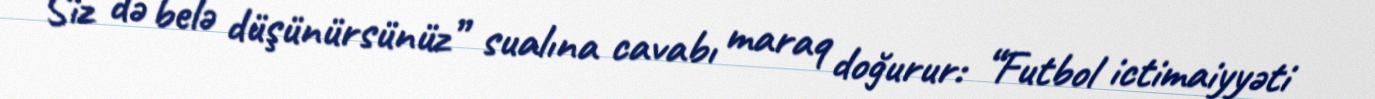
Siz də belə düşünürsünüz” sualına cavabı maraq doğurur: “Futbol ictimaiyyəti